King Institute of Preventive Medicine Micro-Biological Section reports 1909-11
Year: 1909
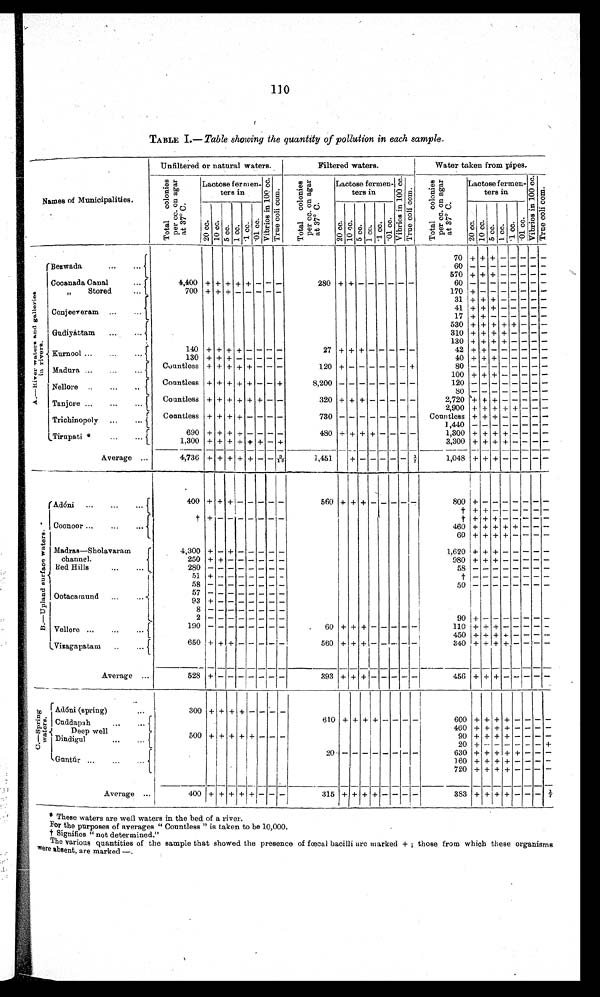
110
TABLE I.— Table showing the quantity of pollution in each sample
.
Names of Municipalities.
Unfiltered or natural waters.
Filtered waters.
Water taken from pipes.
T o t a l c o l o n i e s p e r c c . o n a g a r a t 3 7° C .
Lactose fer m en-
ters in
V i b r i o s i n 1 0 0 c c .
T r u e c o l i c o m .
T o t a l c o l o n i e s p e r c c . o n a g a r a t 3 7 º C .
Lactose fermen-
ters in
V i b r i o s i n 1 0 0 c c .
T r u e c o l i c o m .
T o t a l c o l o n i e s p e r c c . o n a g a r a t 3 7° C .
Lactose fermen-
ters in
V i b r i o s i n 1 0 0 c c .
T r u e c o l i c o m .
2 0 c c .
1 0 c c .
5 c c .
1 c c .
. 1 c c .
. 0 1 c c .
20 cc.10 cc. 5 c c . 1 c c . . 1 c c . . 0 1 c c .
2 0 c c .
1 0 c c .
5 c c . 1 c c . . 1 c c .
. 0 1 c c .
A.—
R i v e r w a t e r s a n d g a l l e r i e s i n r i v e r s .
70 +
+
+
- - - -
-
Bezwada. . .
60
- - -
- -
- -
-
570
+ + +
- - - -
-
Cocanada Canal . . .
4,400 + + + + + - - -
280 + + - -
- -
- -
60
- - -
- -
- - -
700 +
+ + -
- - -
-
170 + - -
- -
- - -
, , S t o r e d . . .
3 1 + + + - - - - -
41 + + +
- - - - -
Conjeeveram . . .
17 + +
530
-
-
310 + + + + - - - -
Gudiyáttam . . .
130 + +
- -
-
140
+ + + + - - - -
27
+
42 + +
Kurnool . . .
130 +
+ +
- - - -
-
40 + + +
Countless + + + + + - - -
120 +
80
Madura . . .
100 + + +
Countless + + + + + - - +
8,200
1.20
Nellore . . .
8 0
Countless + + + + + + - -
320 + + + - - - - -
2,720
+ + + - - - - -
Tanjöre . . .
2,900 + + + + + 1 - - -
Countless + + + + - - - -
730
Countless + + +
Tricbinopoly . . .
1 , 4 4 0
690
+ + + + - -
- -
480
+ - -
-
1,300 +
+ + - - - -
Tirupati * . . .
1,300 + + + + + + - +
3,300 + + + + - - - -
Average . . .
4,736 + +
+
+ + - -
3 / 1 0
1,451
+
-
- -
-
- ½
1,048 + + + - -
- -
-
B . — U p l a n d s u r f a o e w a t e r s .
400 + + +
- - - - -
560 + + +
- - - -
-
800 +
- - - -
- - -
Adóni . . .
† + + - - - - - -
† +
-
- - - -
- - -
† + + +
- - - - - -
Coonoor . . .
460 + + + + + - - -
60 + + + + - - - -
Madras—Sholavaram
4,300 + - +
-
- - - -
1,620 + + + - - - - -
c h a n n e l .
250
+ + - -
- - - -
980 +
+ +
- - - - - -
Bed Hills . . .
280 - - - -
- - - -
58 -
- -
- - - - - -
51 + - - - - - - -
† - -
- -
- - - - -
58
5 8
- - - -
- -
- -
50 - -
- -
- - - - - -
57 - - - -
- -
- -
Ootacamund . . .
93 + - - -
- - -
-
8 - - - -
- - -
-
2 - - - -
- - - -
-
90 +
- - - - - - -
190 - - - -
- - -
-
60 + + + - - - - -
110 + + + - - - -
-
Vellore . . .
450
+ + + + - - -
-
Vizagapatam . . .
650 + + +
- -
- -
-
560 + + + - - - - -
340
+ + + + - -
-
-
Average . . .
528
+
-
- -
-
-
-
-
393 + + +
- - - - -
456 + + +
-
-
-
-
-
C . — S p r i n g w a t e r s .
Adóni (spring) . . .
300 +
1
+ + + - - - -
610 + + + +
-
-
- -
600 + + + + - - - -
Cuddapah . . .
460 +
+ + - - -
-
D e e p w e l l . . .
500 + + + + + - - -
90 + + + + - - -
-
Dindigul . . .
20 + - -
- - - - +
20
-
- - - - - - -
630 + + + + + - -
-
Guntúr . . .
160 + + + + - - -
-
-
-
720 + + + + - -
-
Average . . .
400 + + + + + - - -
315 + + + + - - - -
383 + + + + - - -
½
* These waters are well waters in the bed of a river.
For the purposes of averages " Countless " is taken to be 10,000.
† Signifies " not determined."
The various quantities of the sample that showed the presence of fœtal bacilli are marked + ; those from which these organisms
Were absent, are marked —.